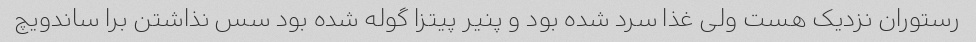
رستوران نزدیک هست ولی غذا سرد شده بود و پنیر پیتزا گوله شده بود سس نذاشتن برا ساندویچ